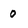
Character: 0